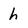
Character: h